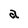
Character: a